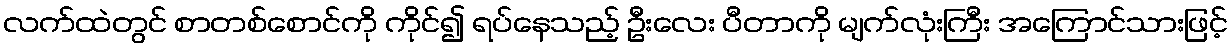
လက်ထဲတွင် စာတစ်စောင်ကို ကိုင်၍ ရပ်နေသည့် ဦးလေး ပီတာကို မျက်လုံးကြီး အကြောင်သားဖြင့်